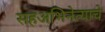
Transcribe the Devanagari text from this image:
सहअभिनेत्याचे